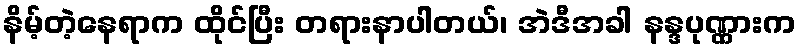
နိမ့်တဲ့နေရာက ထိုင်ပြီး တရားနာပါတယ်၊ အဲဒီအခါ နန္ဒပုဏ္ဏားက